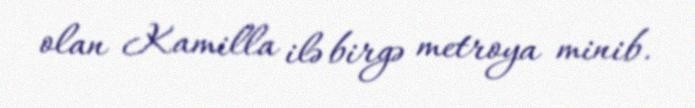
olan Kamilla ilə birgə metroya minib.